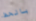
بالحظ